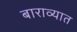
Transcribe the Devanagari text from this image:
बाराव्यात